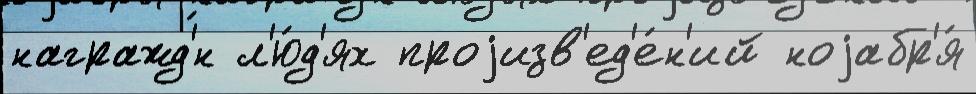
награжд'́н л'ю́д'ях проjизв'ед'е́н'ий ноjабр'я́